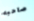
صاحبه